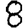
Digit: 8